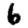
Digit: 6